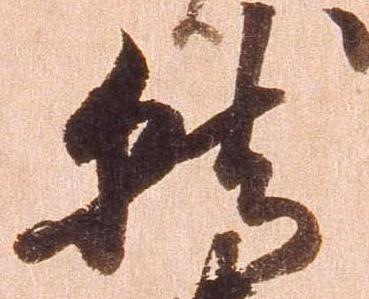
就